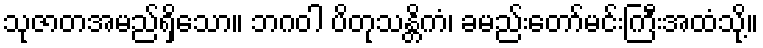
သုဇာတအမည်ရှိသော။ ဘဂဝါ ပိတုသန္တိကံ၊ ခမည်းတော်မင်းကြီးအထံသို့။